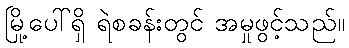
မြို့ပေါ်ရှိ ရဲစခန်းတွင် အမှုဖွင့်သည်။